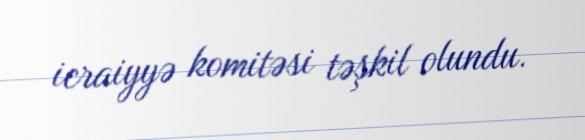
icraiyyə komitəsi təşkil olundu.